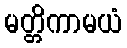
မတ္တိကာမယံ